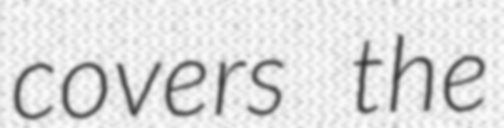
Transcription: covers the